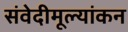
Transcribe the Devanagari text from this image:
संवेदीमूल्यांकन